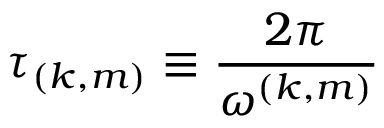
\tau _ { ( k , m ) } \equiv \frac { 2 \pi } { \omega ^ { ( k , m ) } }